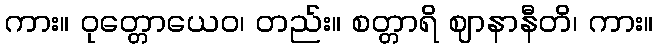
ကား။ ဝုတ္တောယေဝ၊ တည်း။ စတ္တာရိ ဈာနာနီတိ၊ ကား။